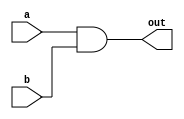
`timescale 1ns/1ps
module AND(out, a, b);
    input a, b;
    output out;
    wire temp;
    nand n1 (temp, a, b);
    nand n2 (out, temp, temp);
endmodule

module OR(out, a, b);
    input a, b;
    output out;
    wire temp1, temp2;
    nand n1 (temp1, a, a);
    nand n2 (temp2, b, b);
    nand n3 (out, temp1, temp2);
endmodule

module XOR(out, a, b);
    input a, b;
    output out;
    wire temp1, temp2, na, nb;
    nand n1 (na, a, a);
    nand n2 (nb, b, b);
    nand n3 (temp1, na, b);
    nand n4 (temp2, nb, a);
    nand n5 (out, temp1, temp2);
endmodule

module Majority(a, b, c, out);
    input a, b, c;
    output out;
    wire temp1, temp2, temp3, temp4, temp5, temp6;
    AND A1 (temp1, a, b);
    AND A2 (temp2, a, c);
    AND A3 (temp3, b, c);
    OR O1 (temp4, temp1, temp2);
    OR O2 (out, temp4, temp3);
endmodule

module Half_Adder(a, b, cout, sum);
    input a, b;
    output cout, sum;

    XOR X1 (sum, a, b);
    AND A1 (cout, a, b);
endmodule

module Full_Adder (a, b, cin, cout, sum);
    input a, b, cin;
    output cout, sum;
    wire temp1;
    Majority M1 (a, b, cin, cout);
    XOR X1 (temp1, a, b);
    XOR X2 (sum, temp1, cin);
endmodule